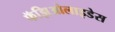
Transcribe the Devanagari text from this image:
फॅझिओलाइडेस